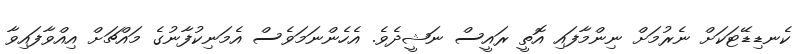
ކެނޑިޑޭޓަކަށް ނެެރުމަށް ނިންމާފައި އޮތީ ރައީސް ނަޝީދެވެ. އެހެންނަމަވެސް އެމަނިކުފާނުގެ މައްޗަށް އިއްވާފައިވާ